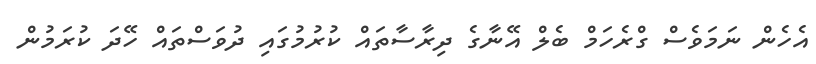
އެހެން ނަމަވެސް ގްރެހަމް ބެލް އޭނާގެ ދިރާސާތައް ކުރުމުގައި ދުވަސްތައް ހޭދަ ކުރަމުން